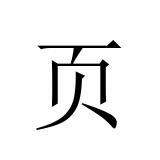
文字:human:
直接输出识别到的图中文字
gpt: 页